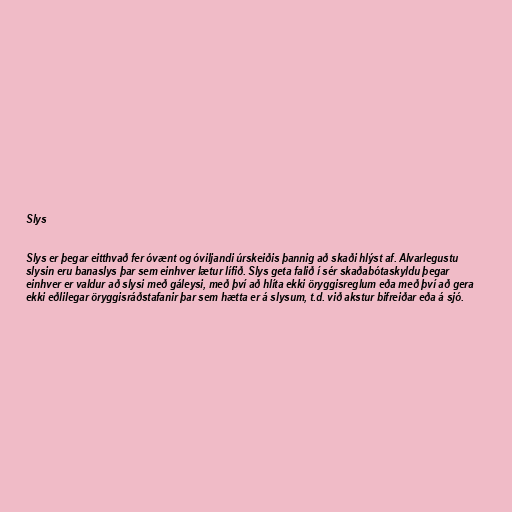
Slys

Slys er þegar eitthvað fer óvænt og óviljandi úrskeiðis þannig að skaði hlýst af. Alvarlegustu
slysin eru banaslys þar sem einhver lætur lífið. Slys geta falið í sér skaðabótaskyldu þegar
einhver er valdur að slysi með gáleysi, með því að hlíta ekki öryggisreglum eða með því að gera
ekki eðlilegar öryggisráðstafanir þar sem hætta er á slysum, t.d. við akstur bifreiðar eða á sjó.